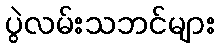
ပွဲလမ်းသဘင်များ